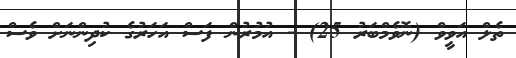
ތެލް އަވީވް (ނޮވެމްބަރު 25) - އުމުރުން ފަސް އަހަރުގެ ކުދިންނަށް ވެސް